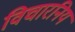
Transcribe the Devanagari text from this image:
विचारनिय